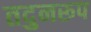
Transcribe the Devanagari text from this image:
तदुनरूप